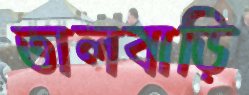
তালবাড়ি